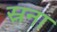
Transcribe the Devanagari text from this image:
स्रना